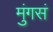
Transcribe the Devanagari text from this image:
मुंगसं